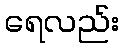
ရေလည်း